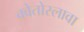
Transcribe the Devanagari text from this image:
क्वेतोस्लावा